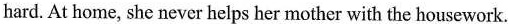
hard. At home, she never helps her mother with the housework.